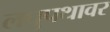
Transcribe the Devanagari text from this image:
लघुपथावर